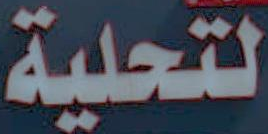
لتحلية